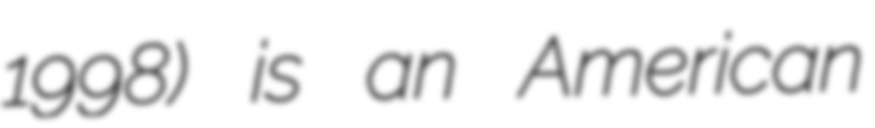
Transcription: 1998) is an American